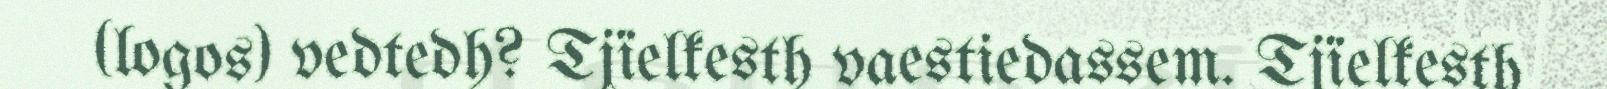
(logos) vedtedh? Tjïelkesth vaestiedassem. Tjïelkesth